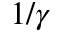
1 / \gamma